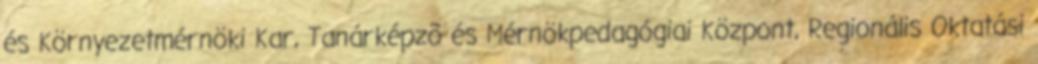
és Környezetmérnöki Kar, Tanárképzõ és Mérnökpedagógiai Központ, Regionális Oktatási